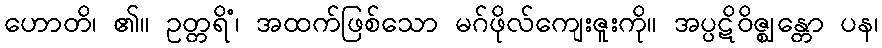
ဟောတိ၊ ၏။ ဥတ္တရိံ၊ အထက်ဖြစ်သော မဂ်ဖိုလ်ကျေးဇူးကို။ အပ္ပဋိဝိဇ္ဈန္တော ပန၊